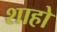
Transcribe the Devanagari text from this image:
शाहो